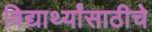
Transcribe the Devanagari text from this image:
विद्यार्थ्यांसाठीचे